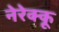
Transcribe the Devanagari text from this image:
नेरेक्कू